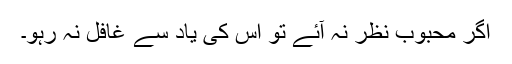
اگر محبوب نظر نہ آئے تو اُس کی یاد سے غافل نہ رہو۔